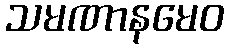
သမဏာနမေဝ